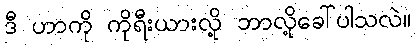
ဒီ ဟာကို ကိုရီးယားလို့ ဘာလို့ခေါ်ပါသလဲ။